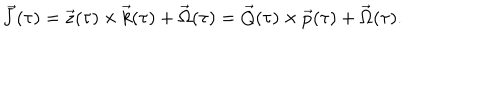
\vec { J } ( \tau ) = \vec { z } ( \tau ) \times \vec { k } ( \tau ) + \vec { \Omega } ( \tau ) = \vec { Q } ( \tau ) \times \vec { p } ( \tau ) + \vec { \Omega } ( \tau ) .